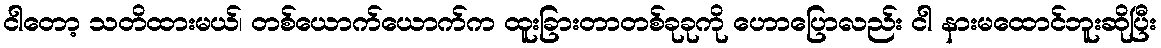
ငါတော့ သတိထားမယ်၊ တစ်ယောက်ယောက်က ထူးခြားတာတစ်ခုခုကို ဟောပြောလည်း ငါ နားမထောင်ဘူးဆိုပြီး